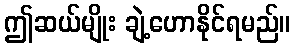
ဤဆယ်မျိုး ချဲ့ဟောနိုင်ရမည်။